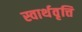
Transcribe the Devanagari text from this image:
स्वार्थवृत्ति